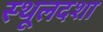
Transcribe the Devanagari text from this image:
स्थूलदशा